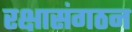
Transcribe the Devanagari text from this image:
रक्षासंगठन